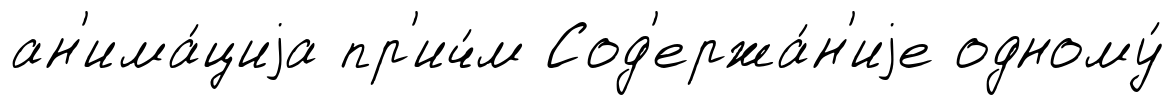
ан'има́циjа пр'ич́м Сод'ержа́н'иjе одному́